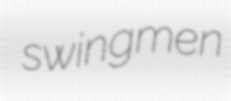
swingmen